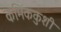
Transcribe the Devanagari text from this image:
कमिककुशी